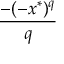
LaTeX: \frac { - ( - x ^ { * } ) ^ { q } } { q }